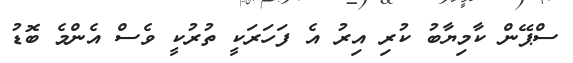
ސްޕޭން ކާމިޔާބު ކުރި އިރު އެ ފަހަރަކީ ތުރުކީ ވެސް އެންމެ ބޮޑު